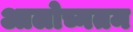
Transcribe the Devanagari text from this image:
आलोच्नतम